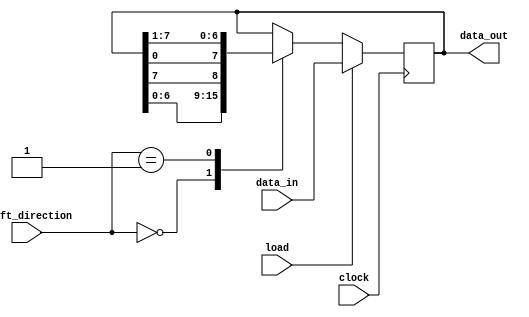
module UniversalShiftRegister (
    input [7:0] data_in,
    input [1:0] shift_direction,
    input load,
    input clock,
    output reg [7:0] data_out
);

reg [7:0] shift_reg;

always @(posedge clock) begin
    if (load) begin
        shift_reg <= data_in;
    end else begin
        case (shift_direction)
            2'b00: shift_reg <= {shift_reg[6:0], shift_reg[7]};
            2'b01: shift_reg <= {shift_reg[0], shift_reg[7:1]};
            2'b10: shift_reg <= {shift_reg[7], shift_reg[6:0]};
            default: shift_reg <= shift_reg;
        endcase
    end
end

assign data_out = shift_reg;

endmodule